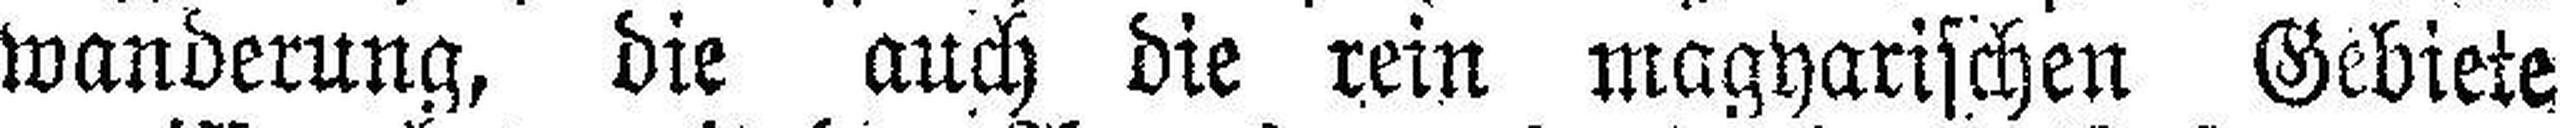
wanderung, die auch die rein magyarischen Gebiete